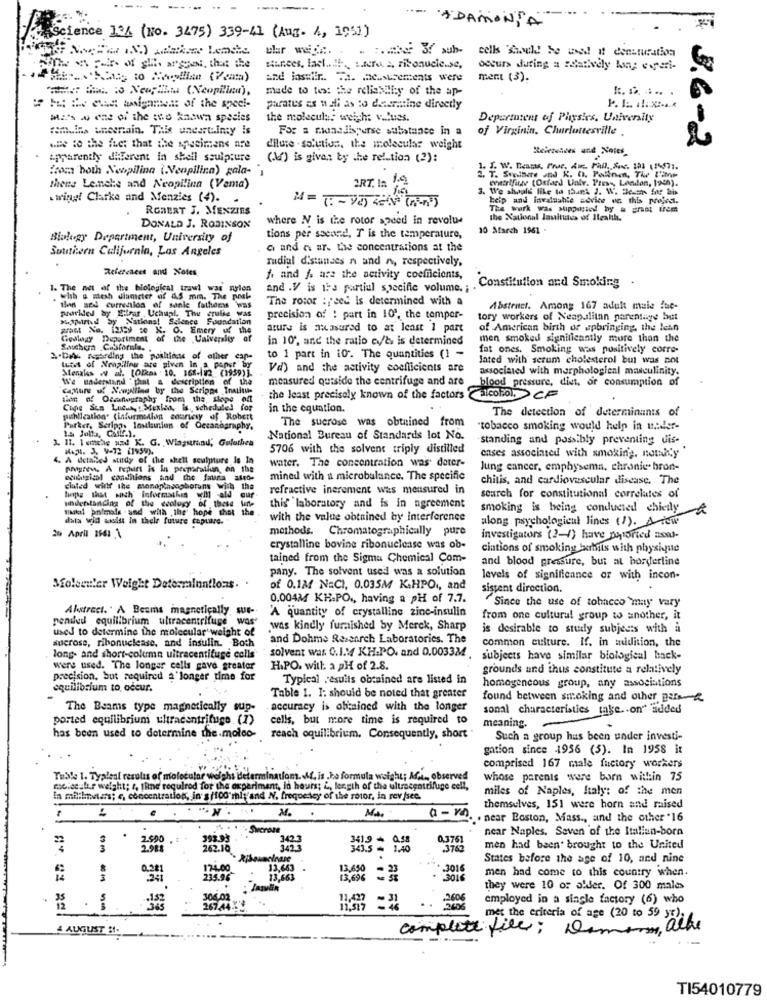
. ADAMONTA
Science 13% (No. 3475) 339-41 (Aug. 4, 1951)
whar weigh. . . . aber 3f sub- cells Shield be used it denaturation
siunees, lael ...!!-. Later 2, ribonucle .. se,
occurs during a relatively lang esperi-
and instiir .. . a. c.susements were
ment (3).
made to test the reliability of the ap-
5 M de che ligament of the speel-
paratus es nali as to determine directly
Ma's ww ee o the mo known species
the molecular weight v .. Pues.
Departutens of Physics, University
remains uneeniain. This uncertainty is
For a monedisperse substance in a
of Virginin, Charlottesville .
.me to the fuer that the specimens are
dilute . solution, the molecular weight
# 3.6-2
Apparently different in shell sculpture
(%) is given by the relation (2):
from both Nonpilina ( Nenpilina) gala-"
J. W. Beams, Free, As Pail. Soc. 121 (14071.
RT. In 1.2
2. T. Sculture and K. O. Posinon, The Same
ohttrffie (Osfard Univ. Press, London, 194h).
thers Leinche and Neopilina (Vema)
3. We should like to thank J. W. Desen for bi
. wing! Clarke and Menzies (4). .
help and invaluable advice un this project.
ROBERT J. MENZIES
The work was sippused by a great frem
where NV is the rotor speed in revolu-
the National lauitutes of Health.
DONALD J. ROBINSON
10 March 1961
Biology Department, University of
tions per second, T is the temperature,
Southern California, Los Angeles
G and n ar. the concentrations at the
radial d'standes n and n, respectively,
References and Notes
f. and &. are the activity coefficients,
1. The net of the blological trawl was wylon
and .V is its partial specific volume. ; .
Constitution and Smoking
whh & mesh diameter of AS mm. The poche
The rotor :feed Is determined with a
Bin sed currenlos of sanie fathers was
provided by Sitrar Uchual The cruise was
Abstract. Among 167 adult male fue-
$Mirted by National Science Foundation
precision of : part in 10", the tompor-
tory workers of Neap.alltan parentage but
post Na. 12tsy se K. O. Emery uf the
atura is masured to at least 1 part
of American birth of upbringing, the lean
Gewlagy Department
of the University of
in 10, and the ratio c'ds is determined
men smoked significantly more than the
Sauchera Castorla.
fat ones. Smoking was positively corre-
2.Dal Acording the positions of ather can-
to 1 part in io. The quantities (1 -
Jated with serum cholesterol but was not
Lutet of Nenp.ling are given in a poner by
Mensks w al. (Olkas . 10. 168-122 (1959)].
Vd) and the activity coefficients are
associated with morphologienl masculinity.
We understand "phat a description of the
measured outside the centrifuge and are
blood pressure, diet, or consumption of
Capture uf Nooullins by the Serippe Thatituk
tion of Oceanography from the, slope of
the least precisely known of the factors alcohol. CF
Cupe Sus Lueur : Mexiaa, Is. scheduled for
in the equation.
The detection of determinants of
publication. (inturmelon courtesy of Robert
The sucrose was obtained from
Parker, Scripps Inilunion of Oceanography.
"tobacco smoking would help in under-
1. 11. 1 anche und K. G. Wiagurand, Gelothen
National Bureau of Standards lot No.
standing and possibly preventing dis-
MAN. 3. V-72 (1959).
5706 with the solvent triply distilled
. A detailed study of the shell sculpture Is In
water. The concentration was dater-
enses associated with smoking, notn'y
PAISten, A Pepurt is in preparatiun, on the
lung cancer, emphysema, chronic. bron-
edildigical condhions and the fauna asso-
mined with a microbalance. The specific
chitis, and cardiovascular disease. The
clated willf the managingoghorans wish
refractive inerement was measured in
hope that sich" informatkes M ald cur
understanding of the ecology of these une
search for constitutional correlates of
"Milal animals . and with the hope that the
this laboratory and is in agreement
smoking is being conducted chicly&
data wid wasist in thele future captare-
with the value obtained by interference
along psychological lines (/). Afew
26 April 15411
methods. Chromatographically pure
investigators ( ?- /) have reported mot.
crystalline bovine ribonuclease was ob-
ciations of smoking barhits with physique
tained from the Sigma Chemical Com-
and blood pressure, but at borderline
pany. The solvent used was a solution
levels of significance or with incon-
Molecular Weight Deterrainntlons.
of 0.1M NaCI, 0.035M K.HPO ., and
sistent direction.
0.004M KH.PO ., having a pH of 7.7.
"Since the use of tobacco may vary
Abstract. " A Beams magnetically. sur-
'A quantity of crystalline zinc-insulin
pended equilibrium ultracentrifuge wos'
from one cultural group to another, it
used to determine the molecular weight of
was kindly furnished by Merck, Sharp
is desirable to study subjects with a
sucrose, ribonuclease, and insulin. Both
and Dohme Research Laboratories. The
common culture. If. in midition, the
long- and short-column uitracentifuge colls
solvent was 0.1.14 KH-PO. and 0.0033M .
subjects have similar biological back-
were used. The longer cells gave greater
HIPO. with a pH of 2.8.
grounds and thus constitute a relatively
precision, but required a longer time for
Typical results obtained are listed in
equilibrium to, occur.
homogeneous group, any associations
Table 1. I: should be noted that greater
found between smoking and other pars-2
The Beams type magnetically sup-
accuracy is obtained with the longer
sonal characteristics take .. on" added
ported equilibrium ultracentrifuge (1)
cells, but more time is required to
meaning.
.
has been used to determine the moles- reach equilibrium. Consequently, short
Such a group has been under investi-
gation since 1956 (5). In 1958 it
comprised 167 male fuctory workers
Tusle 1. Typlesi results of molecular weight determinatiom. .. is .he formula weight; Adm ., observed
whose parents were born within 75
melsealır weight; r, thine required for the experiment, in hours; L, length of the ultracentrifuge cell,
miles of Naples, Italy: of the men
la millimeters; <, concentration, in' s/foo"mit and N. frequency of the rotor, in rev fsec.
M.
MA.
themselves, 151 were born and raised
near Boston, Mass ., and the other "16
near Naples, Seven of the Italian-born
2.990
0.376
2.98
262.10
303
343.5 - 1.40
men had been brought to the United
States before the age of 10, and nine
0.281
13,663
13,650
3016
men had come to this country when.
----
341
13,663
13,696
. 3016
they were 10 or older. Of 300 males
304.01
employed in a single factory (6) who
267.44.
..
met the criteria of age (20 to 59 yr).
4 AUGUST 31.
complete file; Domem, alle
TI54010779